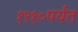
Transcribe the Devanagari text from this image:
१९१०पर्यंत